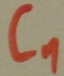
Text: C1